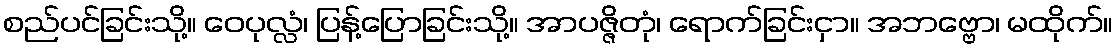
စည်ပင်ခြင်းသို့။ ဝေပုလ္လံ၊ ပြန့်ပြောခြင်းသို့။ အာပဇ္ဇိတုံ၊ ရောက်ခြင်းငှာ။ အဘဗ္ဗော၊ မထိုက်။